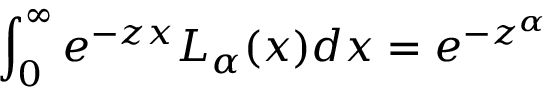
\int _ { 0 } ^ { \infty } e ^ { - z x } L _ { \alpha } ( x ) d x = e ^ { - z ^ { \alpha } }